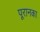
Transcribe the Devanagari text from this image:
पूरानका